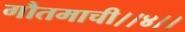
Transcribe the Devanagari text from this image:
गौतमाची।।४।।